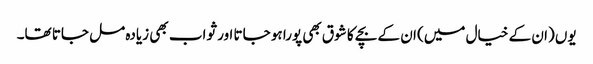
یوں (ان کے خیال میں) ان کے بچے کا شوق بھی پورا ہو جاتا اور ثواب بھی زیادہ مل جاتا تھا۔